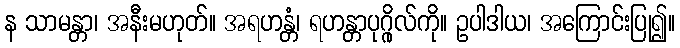
န သာမန္တာ၊ အနီးမဟုတ်။ အရဟန္တံ၊ ရဟန္တာပုဂ္ဂိုလ်ကို။ ဥပါဒါယ၊ အကြောင်းပြု၍။